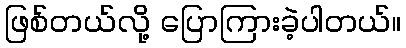
ဖြစ်တယ်လို့ ပြောကြားခဲ့ပါတယ်။